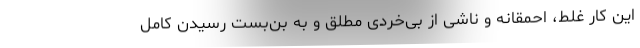
این کار غلط، احمقانه و ناشی از بی‌خردی مطلق و به بن‌بست رسیدن کامل